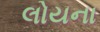
લોયના